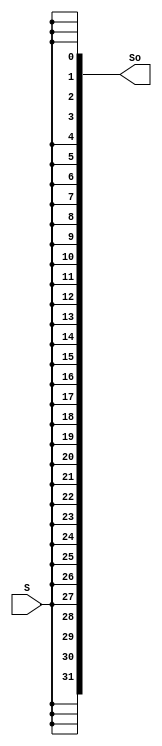
module SignalExt_32(input S,
						  output [31:0]So
						  );
	assign So = {32{S}};			//1 bit to 32 bits
endmodule